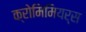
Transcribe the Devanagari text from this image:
क्रोमिमियर्स